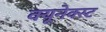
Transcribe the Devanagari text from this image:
क्यूनेक्स्ट